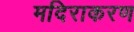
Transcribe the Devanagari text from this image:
मदिराकरण